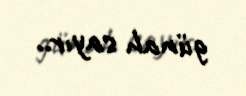
günah sayır..